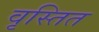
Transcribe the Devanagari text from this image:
वृस्तित